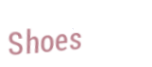
Shoes